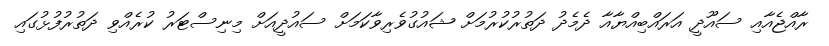
ރާއްޖެއާއި ސައޫދީ އަރައްބިއްޔާއާ ދެމެދު ދަތުރުކުރުމަށް ޝައުގުވެރިވާކަމަށް ސައުދީއަށް މިނިސްޓަރު ކުރެއްވި ދަތުރުފުޅުގައި